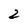
Character: 2